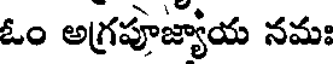
ఓం అగ్రపూజ్యాయ నమః